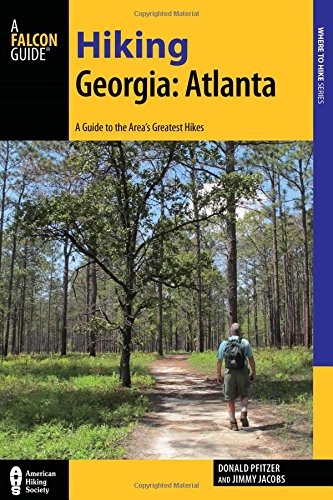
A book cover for Hiking Georgia: Atlanta: A Guide to 30 Great Hikes Close to Town (Hiking Near); Donald Pfitzer; Travel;